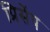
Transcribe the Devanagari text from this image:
प्रिसेंप